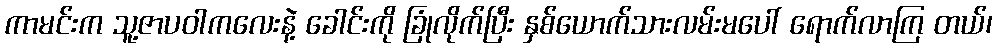
ကာမင်းက သူ့ဇာပဝါကလေးနဲ့ ခေါင်းကို ခြုံလိုက်ပြီး နှစ်ယောက်သားလမ်းမပေါ် ရောက်လာကြ တယ်၊